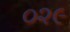
૦૨૯